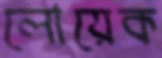
লোয়েক